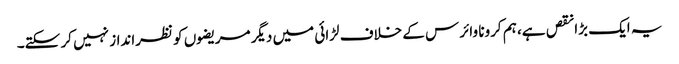
یہ ایک بڑا نقص ہے، ہم کرونا وائرس کے خلاف لڑائی میں دیگر مریضوں کو نظرانداز نہیں کر سکتے۔